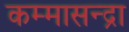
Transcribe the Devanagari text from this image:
कम्मासन्द्रा